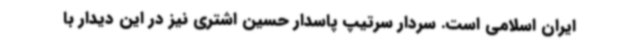
ایران اسلامی است. سردار سرتیپ پاسدار حسین اشتری نیز در این دیدار با